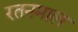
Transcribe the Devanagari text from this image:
रतनमाल